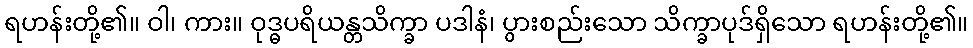
ရဟန်းတို့၏။ ဝါ၊ ကား။ ဝုဒ္ဓပရိယန္တသိက္ခာ ပဒါနံ၊ ပွားစည်းသော သိက္ခာပုဒ်ရှိသော ရဟန်းတို့၏။